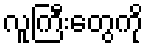
လူကြီးတွေကို